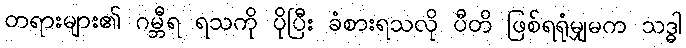
တရားများ၏ ဂမ္ဘီရ ရသကို ပိုပြီး ခံစားရသလို ပီတိ ဖြစ်ရရုံမျှမက သဒ္ဓါ